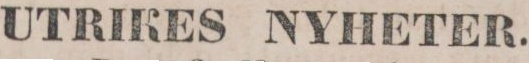
UTRIKES NYHETER.